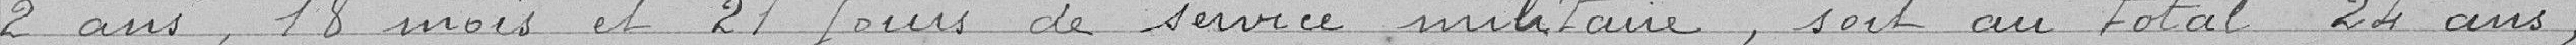
2 ans, 18 mois et 21 jours de service militaire, soit au total 24 ans